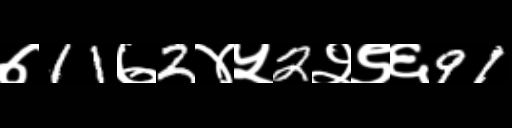
Text: ७11७2४५2२९६91